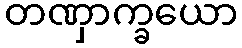
တဏှာက္ခယော